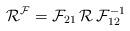
LaTeX: \begin{align*}\mathcal{R}^{\mathcal{F}} = \mathcal{F}_{21} \, \mathcal{R} \, \mathcal{F}_{12}^{-1}\end{align*}